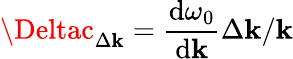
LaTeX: \Deltac_{\Delta\mathbf{k}}=\frac{{\mathrm{{d}}\omega_{0}}}{{\mathrm{{d}}\mathbf{k}}}\Delta\mathbf{k}/\mathbf{k}